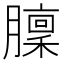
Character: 𦡣